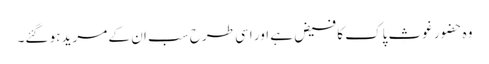
وہ حضور غوثِ پاک کا فیض ہے اور اسی طرح سب ان کے مرید ہو گئے۔